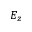
E _ { z }